Annual report of the Madras Medical College
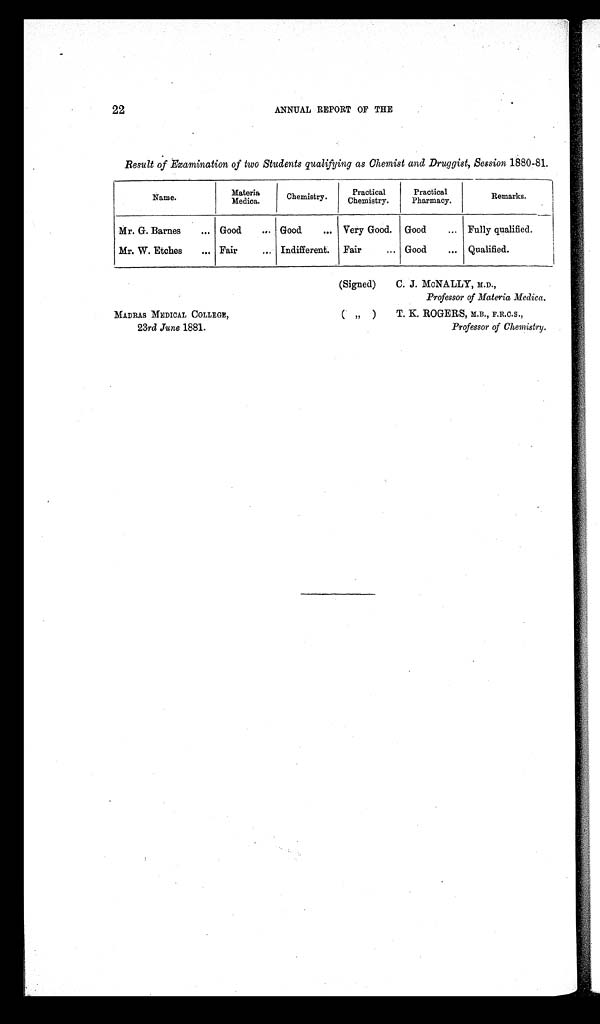
22
ANNUAL REPORT OF THE
Result of Examination of two Students qualifying as Chemist and Druggist, Session 1880-81.
Name.
Materia
Medica.
Chemistry.
Practical
Chemistry.
Practical
Pharmacy.
Remarks.
Mr. G. Barnes
... Good
... Good
... Very Good. Good
... Fully qualified.
Mr. W. Etches
... Fair
... Indifferent. Fair
... Good
... Qualified.
(Signed)
C. J. McNALLY, M.D.,
Professor of Materia Medica.
MADRAS MEDICAL COLLEGE,
( " ) T. K. ROGERS, M.B., F.R.C.S.,
23rd June 1881.
Professor of Chemistry.